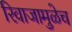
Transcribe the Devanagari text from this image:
रिवाजामुळेच